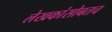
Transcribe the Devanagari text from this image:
लेखकांसोबतच